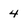
Character: 4